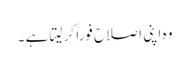
وہ اپنی اصلاح فوراً کر لیتا ہے ۔